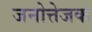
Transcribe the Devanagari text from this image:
जनोत्तेजक